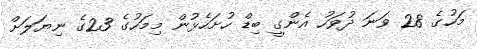
މަހުގެ 28 ވަނަ ދުވަހު އެންގީ ބިޑް ހުށަހެޅުން މިމަހުގެ 23ގެ ނިޔަލަށް